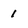
Character: 1